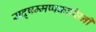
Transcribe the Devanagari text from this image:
सद्षम्मप्पकासिनी